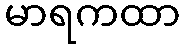
မာရကထာ